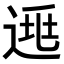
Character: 𨓱